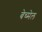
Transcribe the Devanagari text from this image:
बेच्मेल